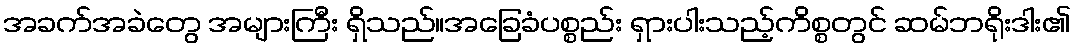
အခက်အခဲတွေ အများကြီး ရှိသည်။အခြေခံပစ္စည်း ရှားပါးသည့်ကိစ္စတွင် ဆမ်ဘရိုးဒါး၏